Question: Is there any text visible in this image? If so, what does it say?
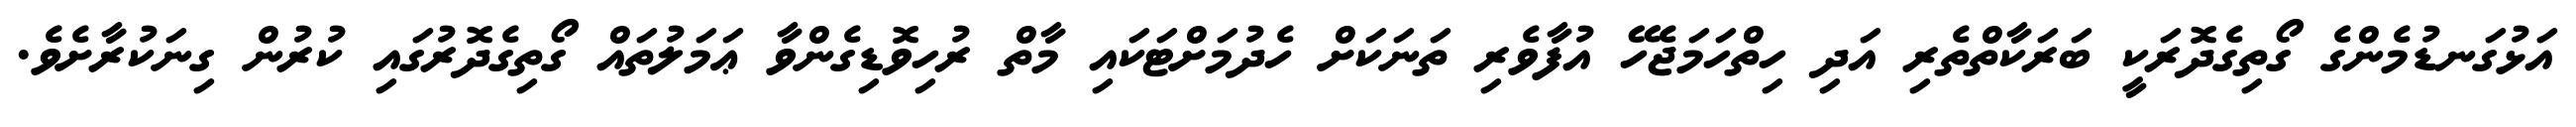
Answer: އަޅުގަނޑުމެންގެ ގޯތިގެދޮރަކީ ބަރަކާތްތެރި އަދި ހިތްހަމަޖެހޭ އުފާވެރި ތަނަކަށް ހެދުމަށްޓަކައި މާތް ރުހިވޮޑިގެންވާ ޢަމަލުތައް ގޯތިގެދޮރުގައި ކުރުން ގިނަކުރާށެވެ.